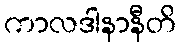
ကာလဒါနာနီတိ